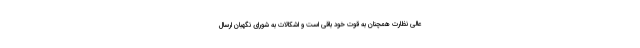
عالی نظارت همچنان به قوت خود باقی است و اشکالات به شورای نگهبان ارسال